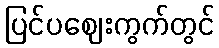
ပြင်ပဈေးကွက်တွင်